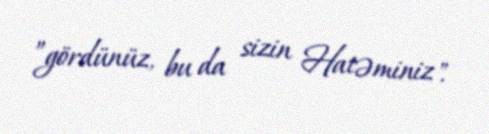
”gördünüz, bu da sizin Hatəminiz".